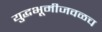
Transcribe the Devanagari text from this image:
युद्धभूमीजवळच